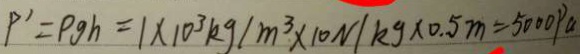
P ^ { \prime } = \rho g h = 1 \times 1 0 ^ { 3 } k g / m ^ { 3 } \times 1 0 N / k g \times 0 . 5 m = 5 0 0 0 P a